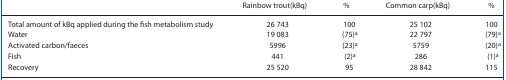
|  | Rainbow trout (kBq) | % | Common carp (kBq) | % |
 | --- | --- | --- | --- | --- |
 | Total amount of kBq applied during the fish metabolism study | 26 743 | 100 | 25 102 | 100 |
 | Water | 19 083 | (75)a | 22 797 | (79)a |
 | Activated carbon/faeces | 5996 | (23)a | 5759 | (20)a |
 | Fish | 441 | (2)a | 286 | (1)a |
 | Recovery | 25 520 | 95 | 28 842 | 115 |